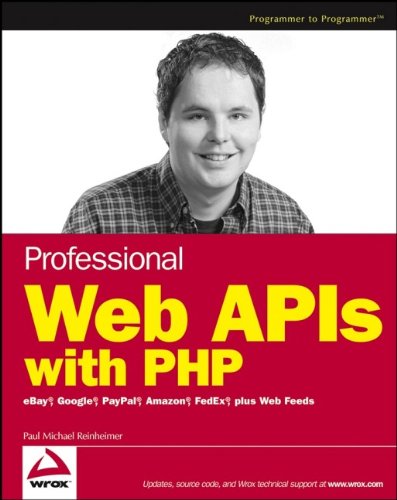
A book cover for Professional Web APIs with PHP: eBay, Google, Paypal, Amazon, FedEx plus Web Feeds; Paul Reinheimer; Computers & Technology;